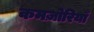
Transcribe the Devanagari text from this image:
कमज़ोरियाँ